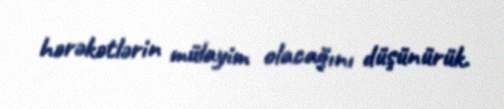
hərəkətlərin mülayim olacağını düşünürük.